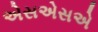
એસએસએ